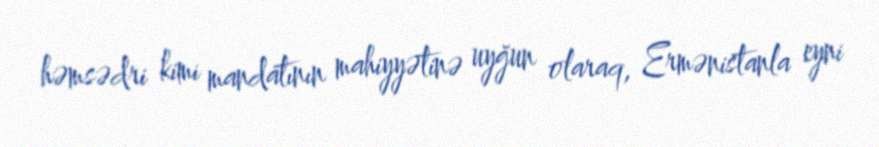
həmsədri kimi mandatının mahiyyətinə uyğun olaraq, Ermənistanla eyni